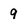
Character: 9